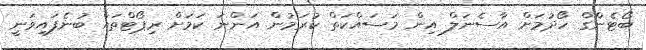
ބޯޓެންގް ހޯދުމަށް އާސެނަލް އިން މަސައްކަތް ކުރަމުން އަންނަ ކަމަށް ރިޕޯޓްތައް ބުނެފައިވަނީ